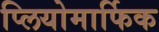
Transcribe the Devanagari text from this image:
प्लियोमार्फिक